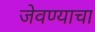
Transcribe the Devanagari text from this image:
जेवण्याचा